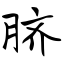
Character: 脐